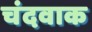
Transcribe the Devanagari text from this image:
चंदवाक